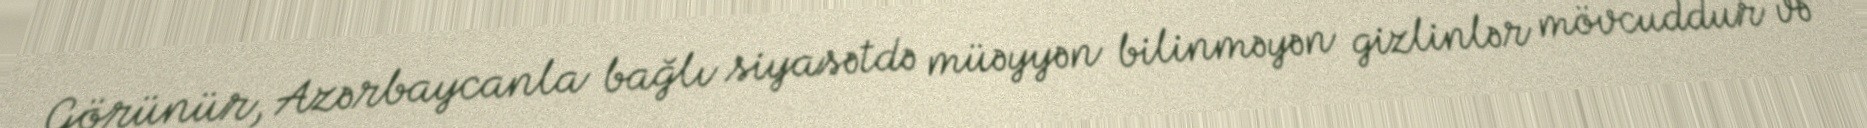
Görünür, Azərbaycanla bağlı siyasətdə müəyyən bilinməyən gizlinlər mövcuddur və